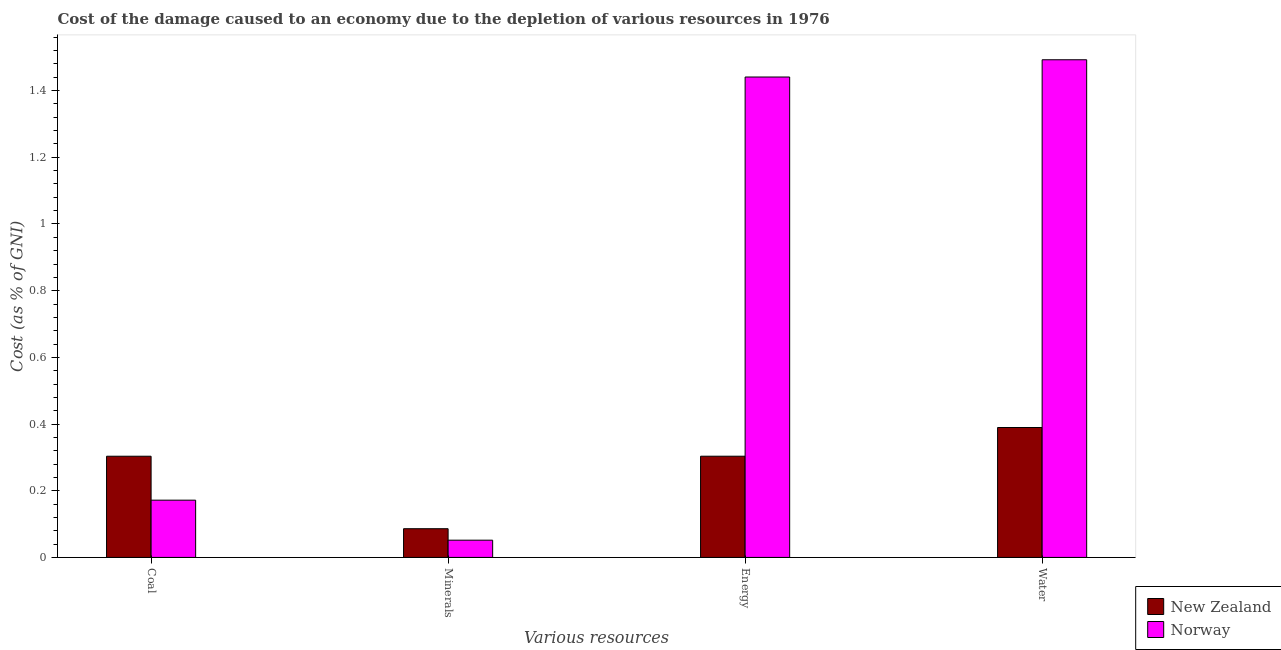
| Various resources | New Zealand | Norway |
 | --- | --- | --- |
 | Coal | 0.303 | 0.172 |
 | Minerals | 0.0861 | 0.0517 |
 | Energy | 0.304 | 1.44 |
 | Water | 0.39 | 1.49 |